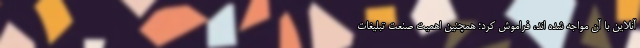
آنلاین با آن مواجه شده اند، فراموش کرد؛ همچنین اهمیت صنعت تبلیغات